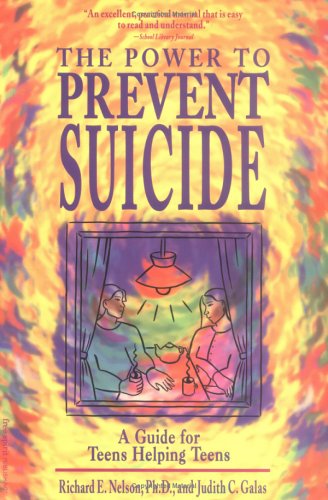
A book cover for The Power to Prevent Suicide: A Guide for Teens Helping Teens; Richard E., PH.D. Nelson; Teen & Young Adult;